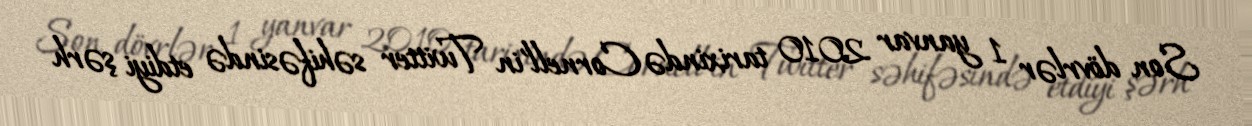
Son dövrlər 1 yanvar 2010 tarixində Cornell'in Twitter səhifəsində etdiyi şərh